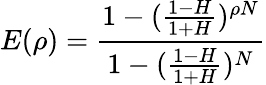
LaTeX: E(\rho)=\frac{1-(\frac{1-H}{1+H})^{\rho N}}{1-(\frac{1-H}{1+H})^{N}}